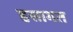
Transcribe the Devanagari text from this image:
हसागत